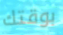
بوقتك